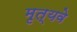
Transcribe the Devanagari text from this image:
मृत्यवे